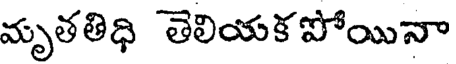
మృతతిధి తెలియక పోయినా